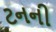
ટનની